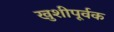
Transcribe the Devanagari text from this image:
खुशीपूर्वक